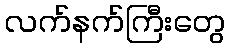
လက်နက်ကြီးတွေ